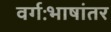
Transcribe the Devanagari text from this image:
वर्गःभाषांतर